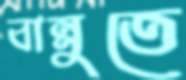
বান্নুতে